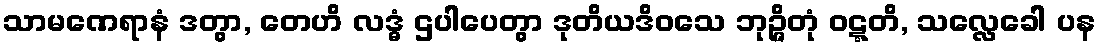
သာမဏေရာနံ ဒတွာ, တေဟိ လဒ္ဓံ ဌပါပေတွာ ဒုတိယဒိဝသေ ဘုဉ္ဇိတုံ ဝဋ္ဋတိ, သလ္လေခေါ ပန